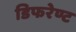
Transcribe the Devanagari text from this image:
डिफरेण्ट